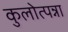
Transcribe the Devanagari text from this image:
कुलोत्पन्ना